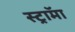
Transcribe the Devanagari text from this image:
स्ट्राॅमा